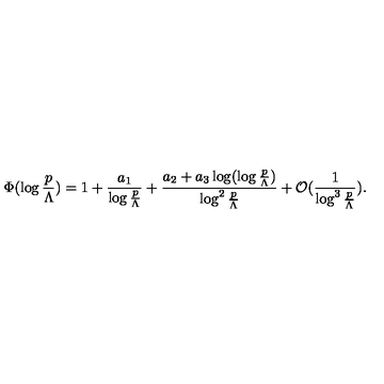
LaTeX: \Phi ( \log \frac { p } { \Lambda } ) = 1 + \frac { a _ { 1 } } { \log \frac { p } { \Lambda } } + \frac { a _ { 2 } + a _ { 3 } \log ( \log \frac { p } { \Lambda } ) } { \log ^ { 2 } \frac { p } { \Lambda } } + \mathcal { O } ( \frac { 1 } { \log ^ { 3 } \frac { p } { \Lambda } } ) .